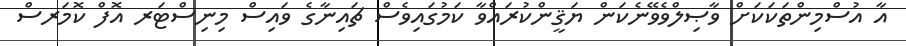
އާ އުސްމިންތަކަކަށް ވާޞިލްވެވޭނެކަން ޔަޤީންކުރައްވާ ކަމުގައިވެސް ޗައިނާގެ ވައިސް މިނިސްޓަރ އޮފް ކޮމަރސް